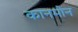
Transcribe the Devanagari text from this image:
कानमोन